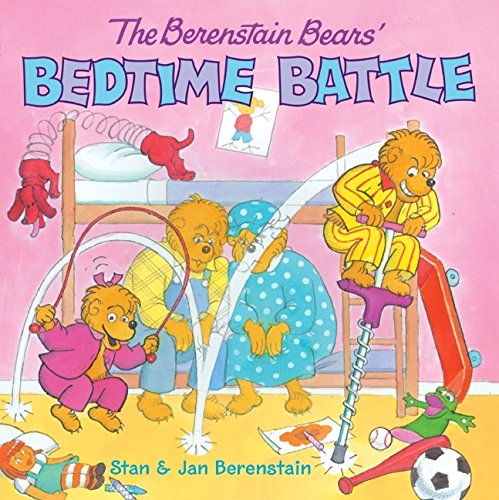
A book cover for The Berenstain Bears' Bedtime Battle; Stan Berenstain; Children's Books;